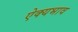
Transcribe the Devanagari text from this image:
ऐक्यभाव